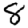
Digit: 8